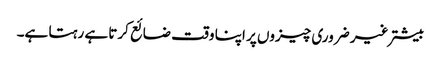
بیشتر غیر ضروری چیزوں پر اپنا وقت ضائع کرتا ہے رہتا ہے۔